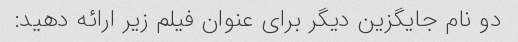
دو نام جایگزین دیگر برای عنوان فیلم زیر ارائه دهید: